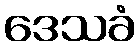
ဒေသခံ